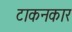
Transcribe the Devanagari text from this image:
टाकनकार